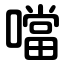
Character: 噹